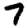
Digit: 7